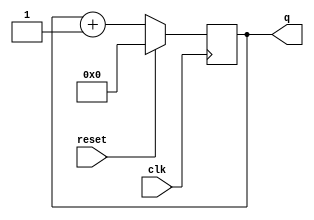
module top_module (
    input clk,
    input reset,      // Synchronous active-high reset
    output reg [3:0] q);

    always @(posedge clk) begin
        if (reset) begin
            q <= 4'b0000; // Reset the counter to 0
        end else begin
            q <= q + 1;  // Increment the counter by 1
        end
    end

endmodule